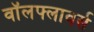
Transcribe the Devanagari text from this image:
वॉलफ्लावर्स